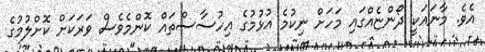
އެވެ. މާނައަކީ ދޯންޏެއްގައި މަހަށް ނިކުމެ އުޅުމުގެ އިހުސާސްތައް ކޮންމެވެސް ވަރަކަށް ކޮށްލުމުގެ